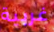
غربية